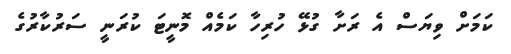
ކަމަށް ވިޔަސް އެ ރަށާ ގުޅޭ ހުރިހާ ކަމެއް މޮނީޓަ ކުރަނީ ސަރުކާރުގެ